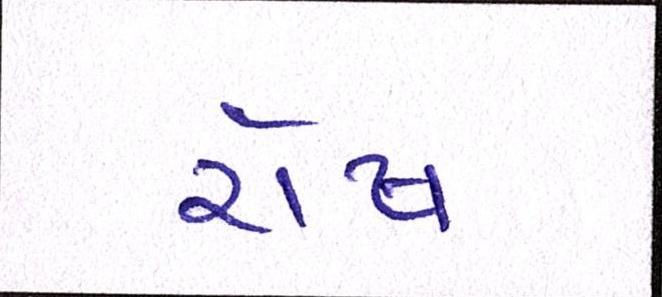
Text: રોષ